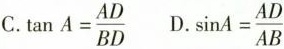
C. $$\tan A=\frac{AD}{BD} $$ D. $$ \sin A=\frac{AD}{AB}$$